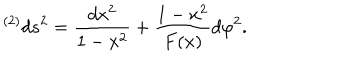
{ } ^ { ( 2 ) } d s ^ { 2 } = { \frac { d x ^ { 2 } } { 1 - x ^ { 2 } } } + { \frac { 1 - x ^ { 2 } } { F ( x ) } } d \varphi ^ { 2 } .